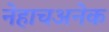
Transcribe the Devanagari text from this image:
नेहाचअनेक